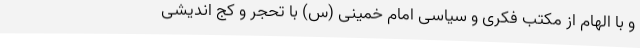
و با الهام از مکتب فکری و سیاسی امام خمینی (س) با تحجر و کج اندیشی